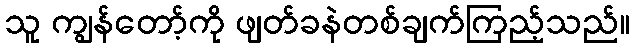
သူ ကျွန်တော့်ကို ဖျတ်ခနဲတစ်ချက်ကြည့်သည်။